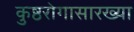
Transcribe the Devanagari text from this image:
कुष्ठरोगासारख्या